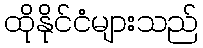
ထိုနိုင်ငံများသည်